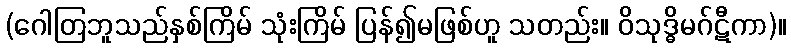
(ဂေါတြဘူသည်နှစ်ကြိမ် သုံးကြိမ် ပြန်၍မဖြစ်ဟူ သတည်း။ ဝိသုဒ္ဓိမဂ်ဋီကာ)။